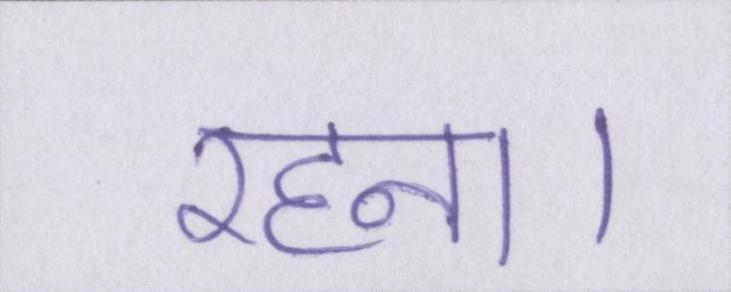
रहना।